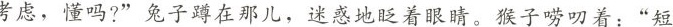
考虑，懂吗?”兔子蹲在那儿，迷惑地眨着眼睛。猴子唠叨着：”短